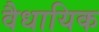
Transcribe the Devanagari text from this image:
वैधायिक